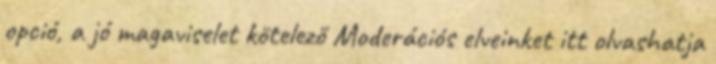
opció, a jó magaviselet kötelező Moderációs elveinket itt olvashatja